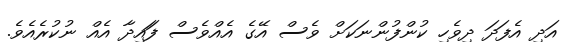
އަދި އެފަދަ ދިވެހި ކުންފުންނަކަށް ވެސް އޭގެ އެއްވެސް ފަައިދާ އެއް ނުކުރެއެވެ.